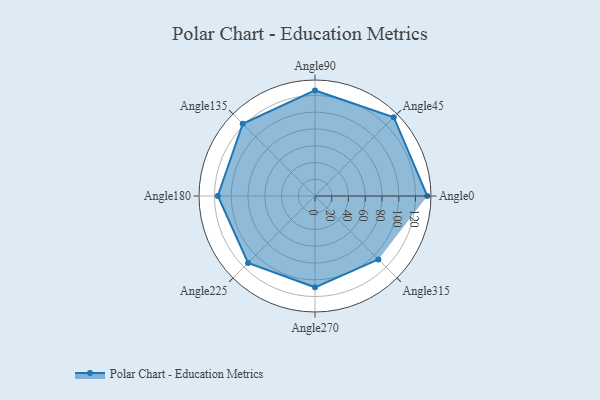
{"axis": {"x": "Angle", "y": "Radius"}, "legend": [""], "data": [{"x": "Angle0", "y": 134.0, "type": ""}, {"x": "Angle45", "y": 133.0, "type": ""}, {"x": "Angle90", "y": 126.0, "type": ""}, {"x": "Angle135", "y": 122.0, "type": ""}, {"x": "Angle180", "y": 116.0, "type": ""}, {"x": "Angle225", "y": 113.0, "type": ""}, {"x": "Angle270", "y": 109.0, "type": ""}, {"x": "Angle315", "y": 107.0, "type": ""}]}